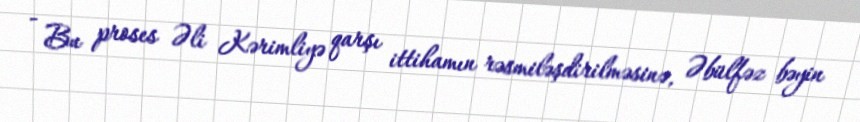
- Bu proses Əli Kərimliyə qarşı ittihamın rəsmiləşdirilməsinə, Əbülfəz bəyin